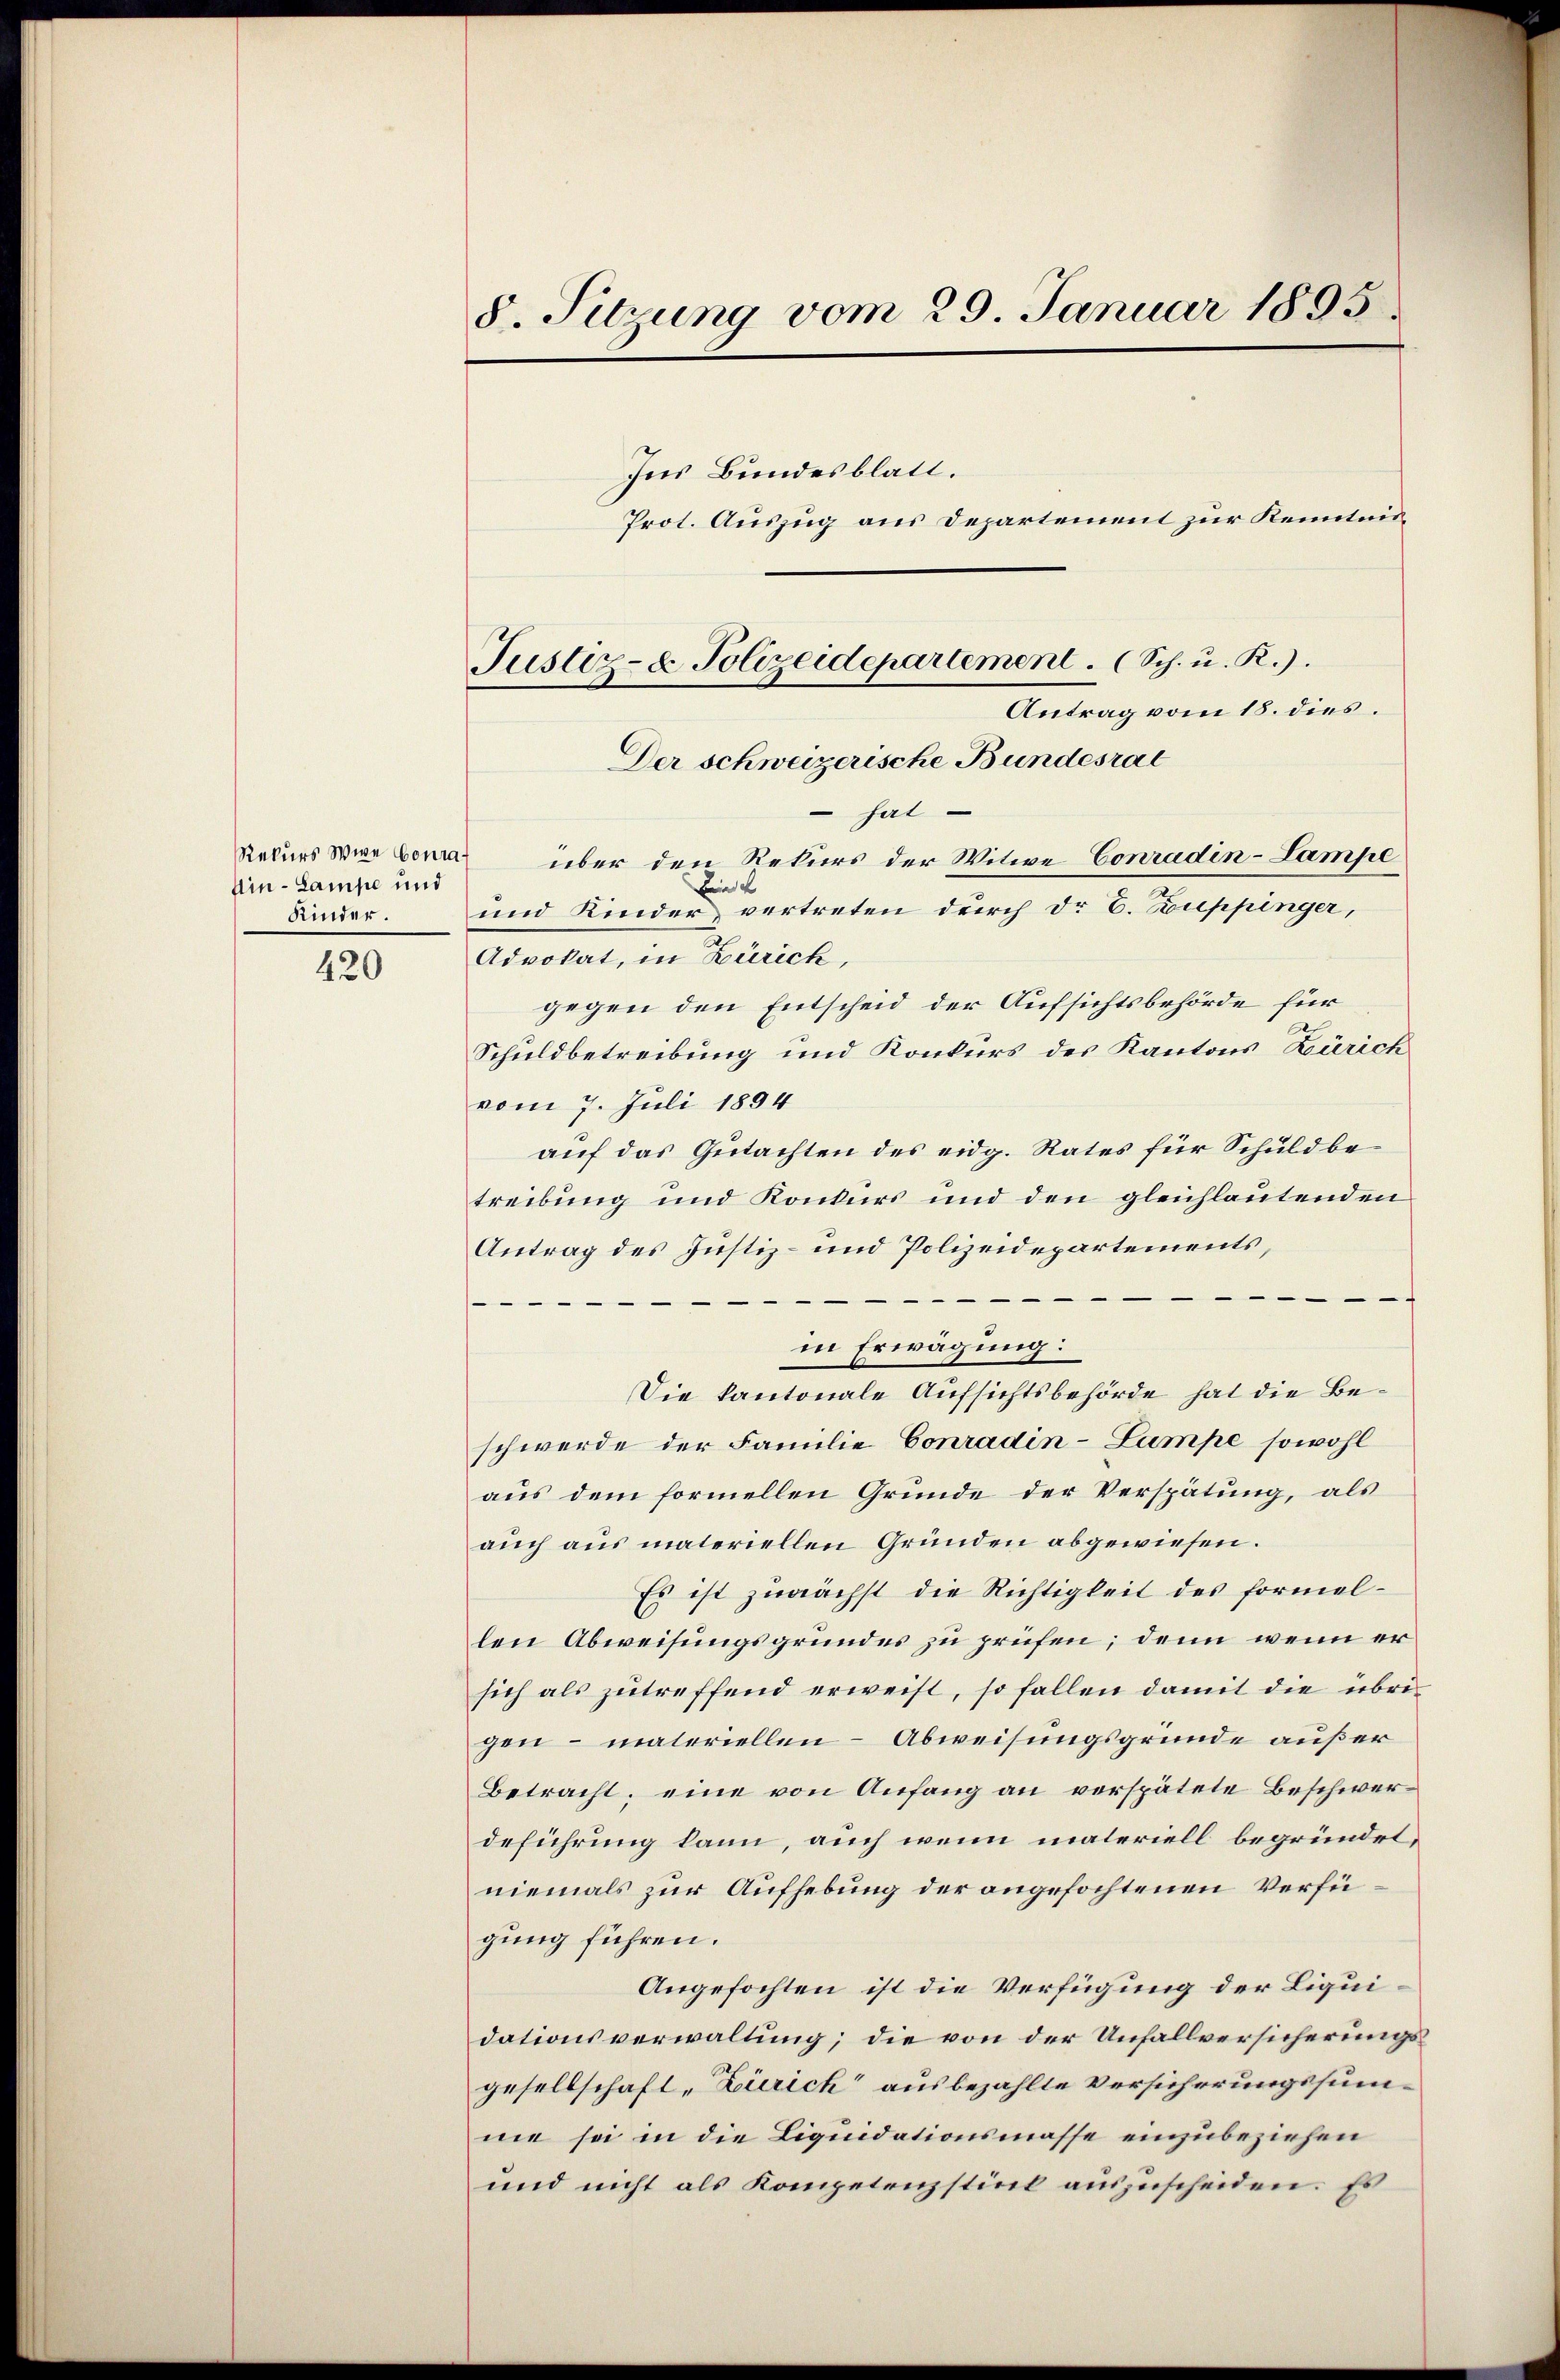
Rekurs Wige Conra
Uin-Lampe und
Kinder.

420

8. Sitzung vom 29. Januar 1895.

Prot. Auszug aus Departement zur Kenntnis¬
Antrag vom 18. dies
 hat
über den Rekurs der Witwe Conradin-Lampe
Bin
und Kinder vertreten durch dr E. Zuppinger,
Advokat, in Zürich,
gegen den Entscheid der Aufsichtsbehörde für
Schuldbetreibung und Konkurs des Kantons Zürich
vom 7. Juli 1894
auf das Gutachten des eidg. Rates für Schuldbetreibung und Konkurs und den gleichlautenden
Antrag des Justiz- und Polizeidepartements,

in Erwägung:
Die kantonale Aufsichtsbehörde hat die Beschwerde der Familie Conradin-Lampe sowohl
aus dem formellen Grunde der Verspätung, als
auch aus materiellen Gründen abgewiesen.
Es ist zunächst die Richtigkeit des formellen Abweisungsgrundes zu prüfen; denn wenn er
sich als zutreffend erweist, so fallen damit die übrigen – materiellen Abweisungsgründe außer
Betracht; eine von Anfang an verspätete Beschwerdeführung kann, auch wenn materiell begründet,
niemals zur Aufhebung der angefochtenen Verfügung führen.
Angefochten ist die Verfügung der Liquidationsverwaltung; die von der Unfallversicherungsgesellschaft, Zürich“ ausbezahlte Versicherungssumne sei in die Liquidationsmasse einzubeziehen
und nicht als Kompetenzstiel auszuscheiden. Es

Justiz- & Polizeidepartement. (Sch. u. R.).
Der schweizerische Bundesrat

Ins Bundesblatt.